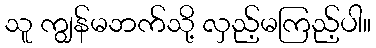
သူ ကျွန်မဘက်သို့ လှည့်မကြည့်ပါ။